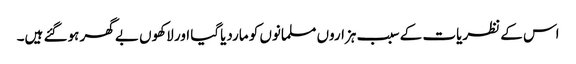
اس کے نظریات کے سبب ہزاروں مسلمانوں کو ماردیاگیا اور لاکھوں بے گھر ہوگئے ہیں۔